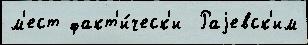
м'ест факт'и́ческ'и  Раjевск'им